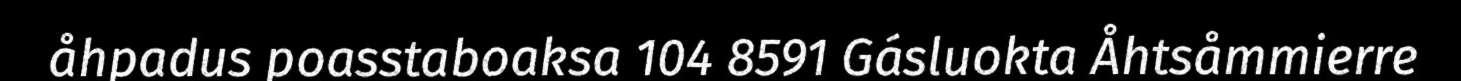
åhpadus poasstaboaksa 104 8591 Gásluokta Åhtsåmmierre